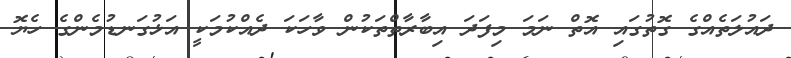
ދައުލަތެއްގެ ގޮތުގައި އޮތް ނަމަ މިފަދަ އިބާރާތްތަކުން ވާހަކަ ދެއްކުމަކީ އަޅުގަނޑުމެންގެ ހެޔޮ